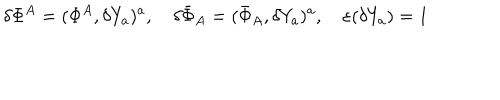
\delta \Phi ^ { A } = ( \Phi ^ { A } , \delta Y _ { a } ) ^ { a } , \quad \delta \bar { \Phi } _ { A } = ( \bar { \Phi } _ { A } , \delta Y _ { a } ) ^ { a } , \quad \varepsilon ( \delta Y _ { a } ) = 1